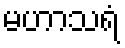
မဟာသရံ